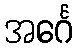
အင်္ဂေ